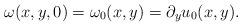
LaTeX: \begin{align*}\omega(x,y,0) = \omega_0(x,y) = \partial_y u_0(x,y).\end{align*}